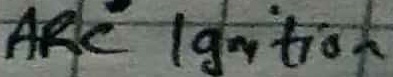
Text: ARC Ignition